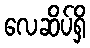
လေဆိပ်ရှိ